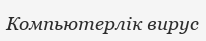
Компьютерлік вирус